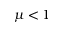
\mu < 1